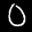
Label: 0